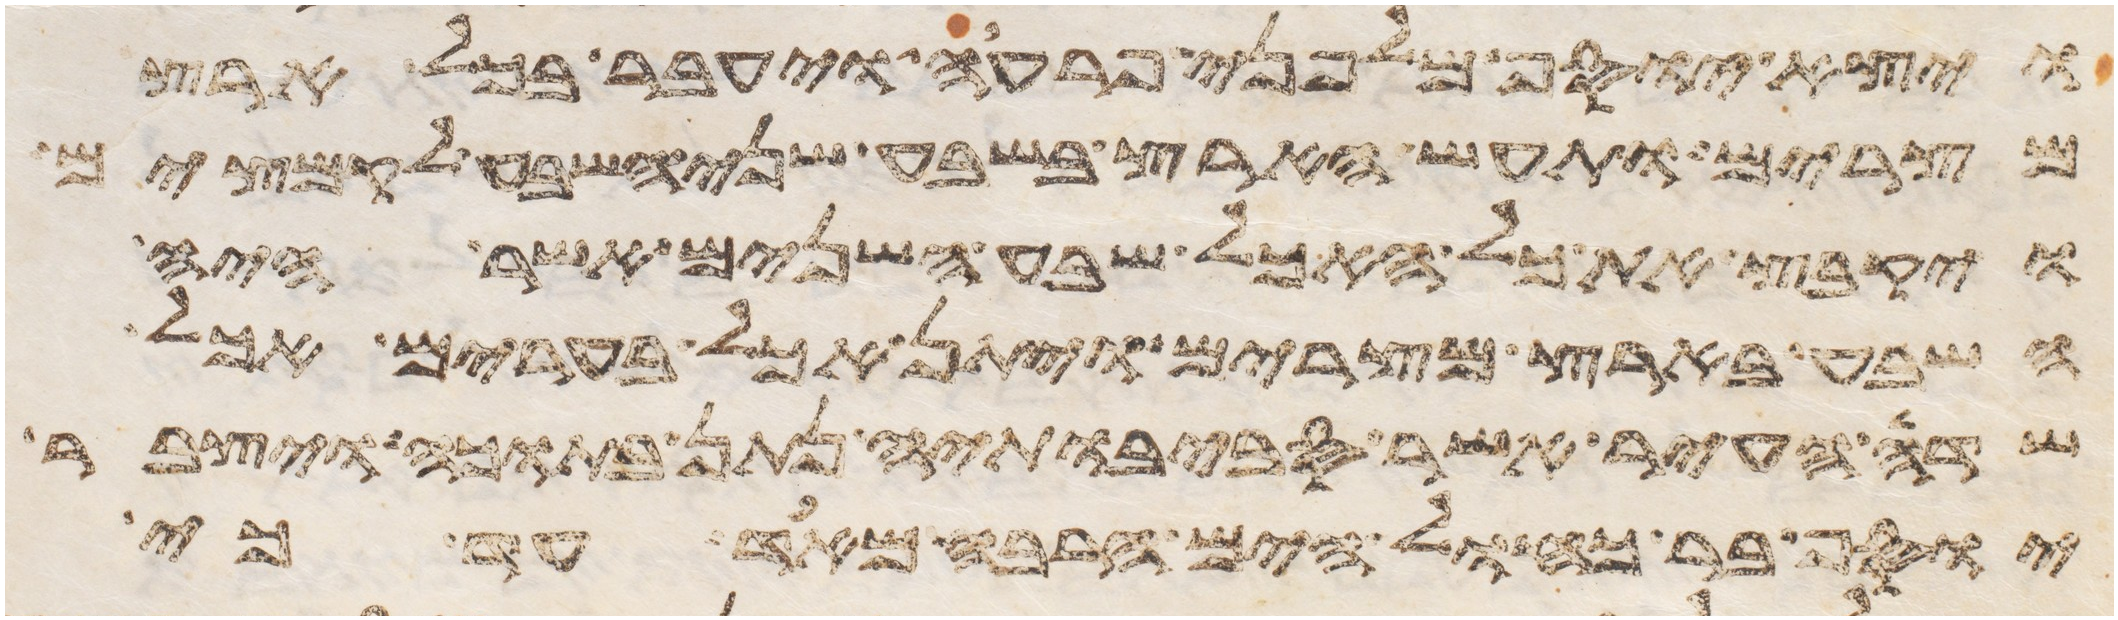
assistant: ויצא יוסף מלפני פרעה ויעבר בכל ארץ
מצרים ותעש הארץ בשבע שני השבע לקמצים
ויקבץ את כל האכל שבע השנים אשר היה
השבע בארץ מצרים ויתן אכל בערים אכל
שדה העיר אשר סביבתיה נתן בתוכה ויצבר
יוסף בר כחול הים הרבה מאד עד כי